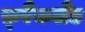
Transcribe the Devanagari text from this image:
फ़्रैंकलैंड